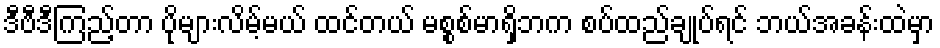
ဒီဗီဒီကြည့်တာ ပိုများလိမ့်မယ် ထင်တယ် မစ္စစ်မာရှိဘက စပ်ထည်ချုပ်ရင် ဘယ်အခန်းထဲမှာ